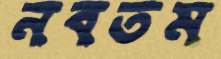
নবতম